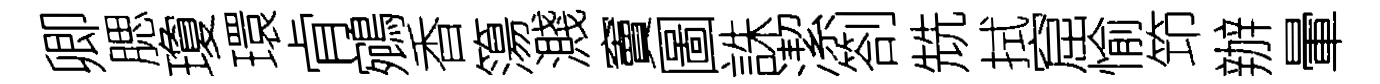
卿腮瓊環肻鵷香簜濺竇圖誅潔劄兟拭窟愉笻辦暈